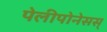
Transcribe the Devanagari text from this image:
पेलीपोनेसस्‌